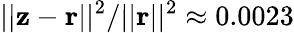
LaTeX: ||{\mathbf z}-{\mathbf r}||^{2}/||{\mathbf r}||^{2}\approx 0.0023